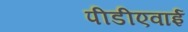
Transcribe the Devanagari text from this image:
पीडीएवाई